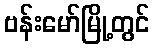
ဗန်းမော်မြို့တွင်